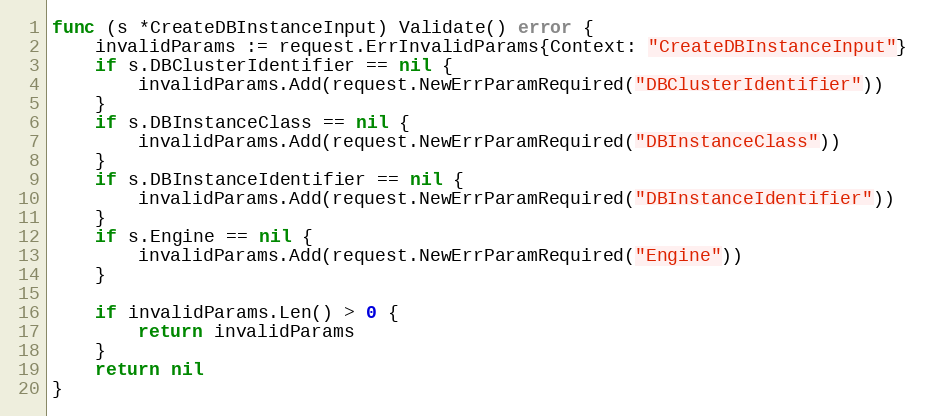
Language: Go
func (s *CreateDBInstanceInput) Validate() error {
	invalidParams := request.ErrInvalidParams{Context: "CreateDBInstanceInput"}
	if s.DBClusterIdentifier == nil {
		invalidParams.Add(request.NewErrParamRequired("DBClusterIdentifier"))
	}
	if s.DBInstanceClass == nil {
		invalidParams.Add(request.NewErrParamRequired("DBInstanceClass"))
	}
	if s.DBInstanceIdentifier == nil {
		invalidParams.Add(request.NewErrParamRequired("DBInstanceIdentifier"))
	}
	if s.Engine == nil {
		invalidParams.Add(request.NewErrParamRequired("Engine"))
	}

	if invalidParams.Len() > 0 {
		return invalidParams
	}
	return nil
}